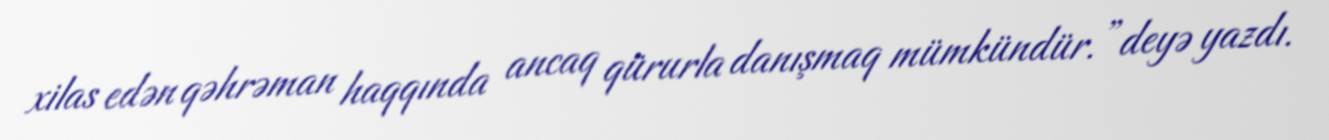
xilas edən qəhrəman haqqında ancaq qürurla danışmaq mümkündür.”deyə yazdı.